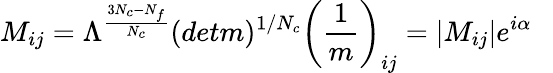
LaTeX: M_{ij}=\Lambda^{{\frac{3N_{c}-N_{f}}{N_{c}}}}(detm)^{1/N_{c}}\left({\frac{1}{m}}\right)_{ij}=|M_{ij}|e^{i\alpha}~~~